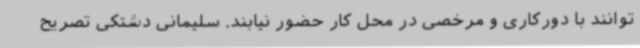
توانند با دورکاری و مرخصی در محل کار حضور نیابند. سلیمانی دشتکی تصریح